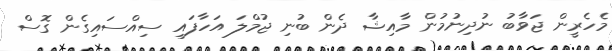
މެހެރީން ޖަވާބު ނުދިނުމުން މާއިޝާ ދެން ބުނި ޖުމްލަ އަހާފައި ސިއްސައިގެން ގޮސް